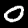
Digit: 0